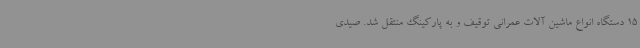
15 دستگاه انواع ماشین آلات عمرانی توقیف و به پارکینگ منتقل شد. صیدی